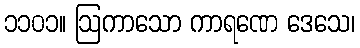
၁၁၀၁။ ဩကာသော ကာရဏေ ဒေသေ၊